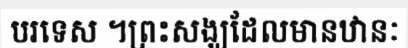
បរទេស ។ព្រះសង្ឃដែលមានឋានៈ